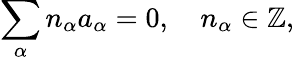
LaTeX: \sum_{\alpha}n_{\alpha}a_{\alpha}=0,\quad n_{\alpha}\in\mathbb{Z},